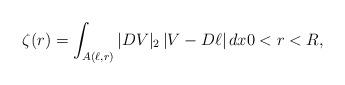
LaTeX: \begin{align*}\zeta(r)=\int_{ A( \ell, r)} |DV|_2\, |V-D\ell|\, dx 0<r<R,\end{align*}